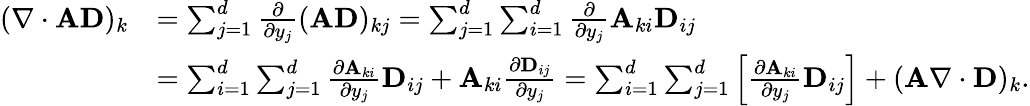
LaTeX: \begin{array}{rl}{(\nabla\cdot\mathbf{A}\mathbf{D})_{k}}&{=\sum_{j=1}^{d}\frac{\partial}{\partial y_{j}}(\mathbf{A}\mathbf{D})_{kj}=\sum_{j=1}^{d}\sum_{i=1}^{d}\frac{\partial}{\partial y_{j}}\mathbf{A}_{ki}\mathbf{D}_{ij}}\\ &{=\sum_{i=1}^{d}\sum_{j=1}^{d}\frac{\partial\mathbf{A}_{ki}}{\partial y_{j}}\mathbf{D}_{ij}+\mathbf{A}_{ki}\frac{\partial\mathbf{D}_{ij}}{\partial y_{j}}=\sum_{i=1}^{d}\sum_{j=1}^{d}\left[\frac{\partial\mathbf{A}_{ki}}{\partial y_{j}}\mathbf{D}_{ij}\right]+(\mathbf{A}\nabla\cdot\mathbf{D})_{k}.}\end{array}